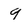
Character: 9